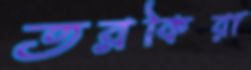
তরকিয়া